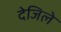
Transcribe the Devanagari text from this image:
देजिले